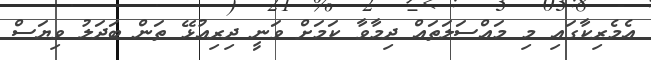
އެމެރިކާގައި މި މައްސަލަތައް ދިމާވާ ކަމަށް ވަނީ ދިރިއުޅޭ ތަން ބަދަލު ވިޔަސް